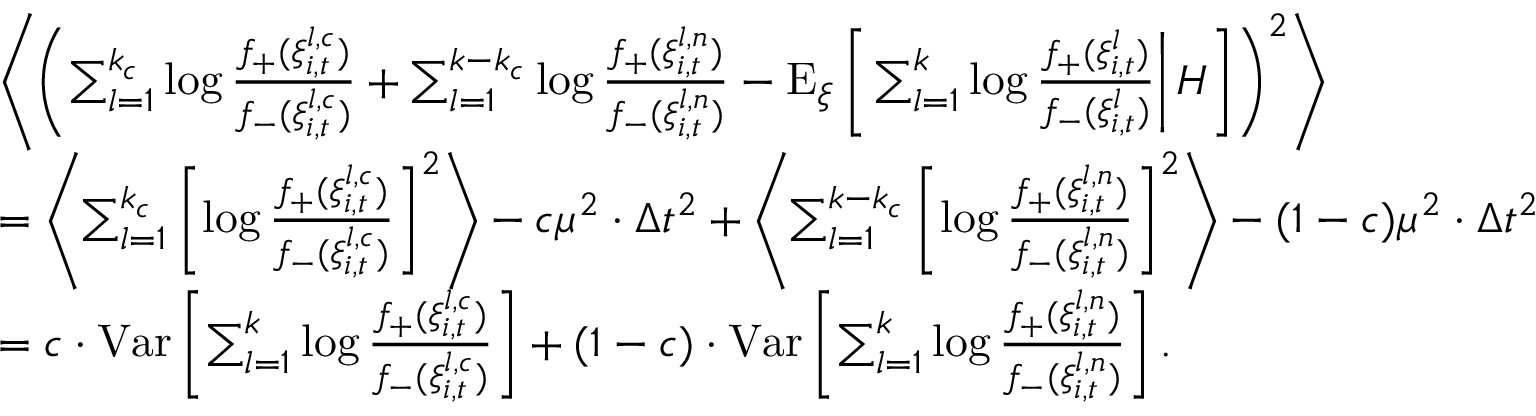
\begin{array} { r l } & { \left\langle \left( \sum _ { l = 1 } ^ { k _ { c } } \log \frac { f _ { + } ( \xi _ { i , t } ^ { l , c } ) } { f _ { - } ( \xi _ { i , t } ^ { l , c } ) } + \sum _ { l = 1 } ^ { k - k _ { c } } \log \frac { f _ { + } ( \xi _ { i , t } ^ { l , n } ) } { f _ { - } ( \xi _ { i , t } ^ { l , n } ) } - \mathrm { E } _ { \xi } \left[ \left. \sum _ { l = 1 } ^ { k } \log \frac { f _ { + } ( \xi _ { i , t } ^ { l } ) } { f _ { - } ( \xi _ { i , t } ^ { l } ) } \right| H \right] \right) ^ { 2 } \right\rangle } \\ & { = \left\langle \sum _ { l = 1 } ^ { k _ { c } } \left[ \log \frac { f _ { + } ( \xi _ { i , t } ^ { l , c } ) } { f _ { - } ( \xi _ { i , t } ^ { l , c } ) } \right] ^ { 2 } \right\rangle - c \mu ^ { 2 } \cdot \Delta t ^ { 2 } + \left\langle \sum _ { l = 1 } ^ { k - k _ { c } } \left[ \log \frac { f _ { + } ( \xi _ { i , t } ^ { l , n } ) } { f _ { - } ( \xi _ { i , t } ^ { l , n } ) } \right] ^ { 2 } \right\rangle - ( 1 - c ) \mu ^ { 2 } \cdot \Delta t ^ { 2 } } \\ & { = c \cdot \mathrm { V a r } \left[ \sum _ { l = 1 } ^ { k } \log \frac { f _ { + } ( \xi _ { i , t } ^ { l , c } ) } { f _ { - } ( \xi _ { i , t } ^ { l , c } ) } \right] + ( 1 - c ) \cdot \mathrm { V a r } \left[ \sum _ { l = 1 } ^ { k } \log \frac { f _ { + } ( \xi _ { i , t } ^ { l , n } ) } { f _ { - } ( \xi _ { i , t } ^ { l , n } ) } \right] . } \end{array}